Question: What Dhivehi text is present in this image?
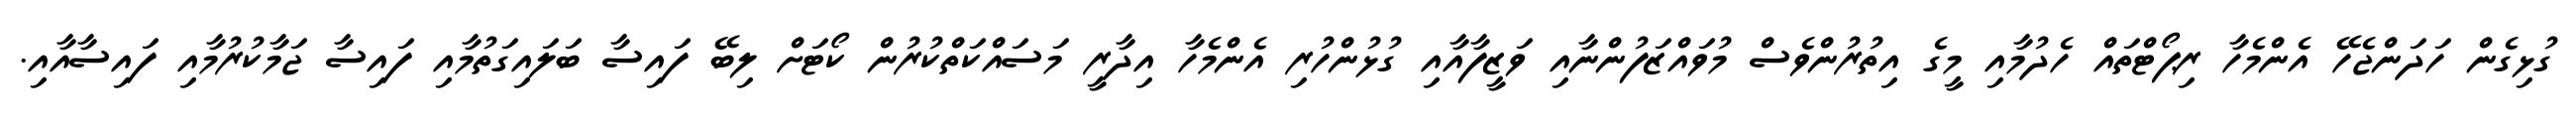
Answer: ގުޅިގެން ހަދަންޖެހޭ އެންމެހާ ރިޕޯޓްތައް ހެދުމާއި މީގެ އިތުރުންވެސް މުވައްޒަފުންނާއި ވަޒީފާއާއި ގުޅުންހުރި އެންމެހާ އިދާރީ މަސައްކަތްކުރުން ކޯޓަށް ލިބޭ ފައިސާ ބަލައިގަތުމާއި ފައިސާ ޖަމާކުރުމާއި ފައިސާއާއި.